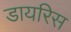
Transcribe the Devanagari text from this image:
डायरिस